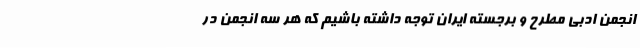
انجمن ادبی مطرح و برجسته ایران توجه داشته باشیم که هر سه انجمن در